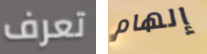
تعرف إلهام